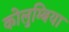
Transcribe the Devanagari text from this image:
कोलुम्बिया